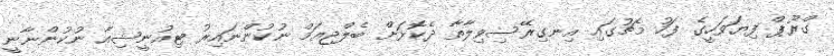
ގްރޫޕް ފިޔަވަހީގެ ފަހު މެޗުގައި އިނގިރޭސިވިލާތާ ދެކޮޅަށް ބެލްޖިއަމް ނުކުންނައިރު ޓިއުނީޝިއާ ނުކުންނާނީ